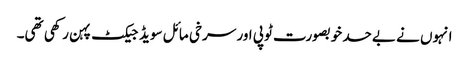
انہوں نے بےحد خوبصورت ٹوپی اور سرخی مائل سویڈ جیکٹ پہن رکھی تھی۔